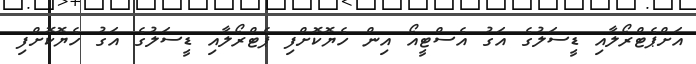
އަށްޕެޓްރޯލާއި ޑީސަލުގެ އަގު އެސްޓީއޯ އިން ހެޔޮކޮށްފި ޕެޓްރޯލާއި ޑީސަލުގެ އަގު ހެޔޮކޮށްފި